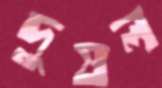
দুষল